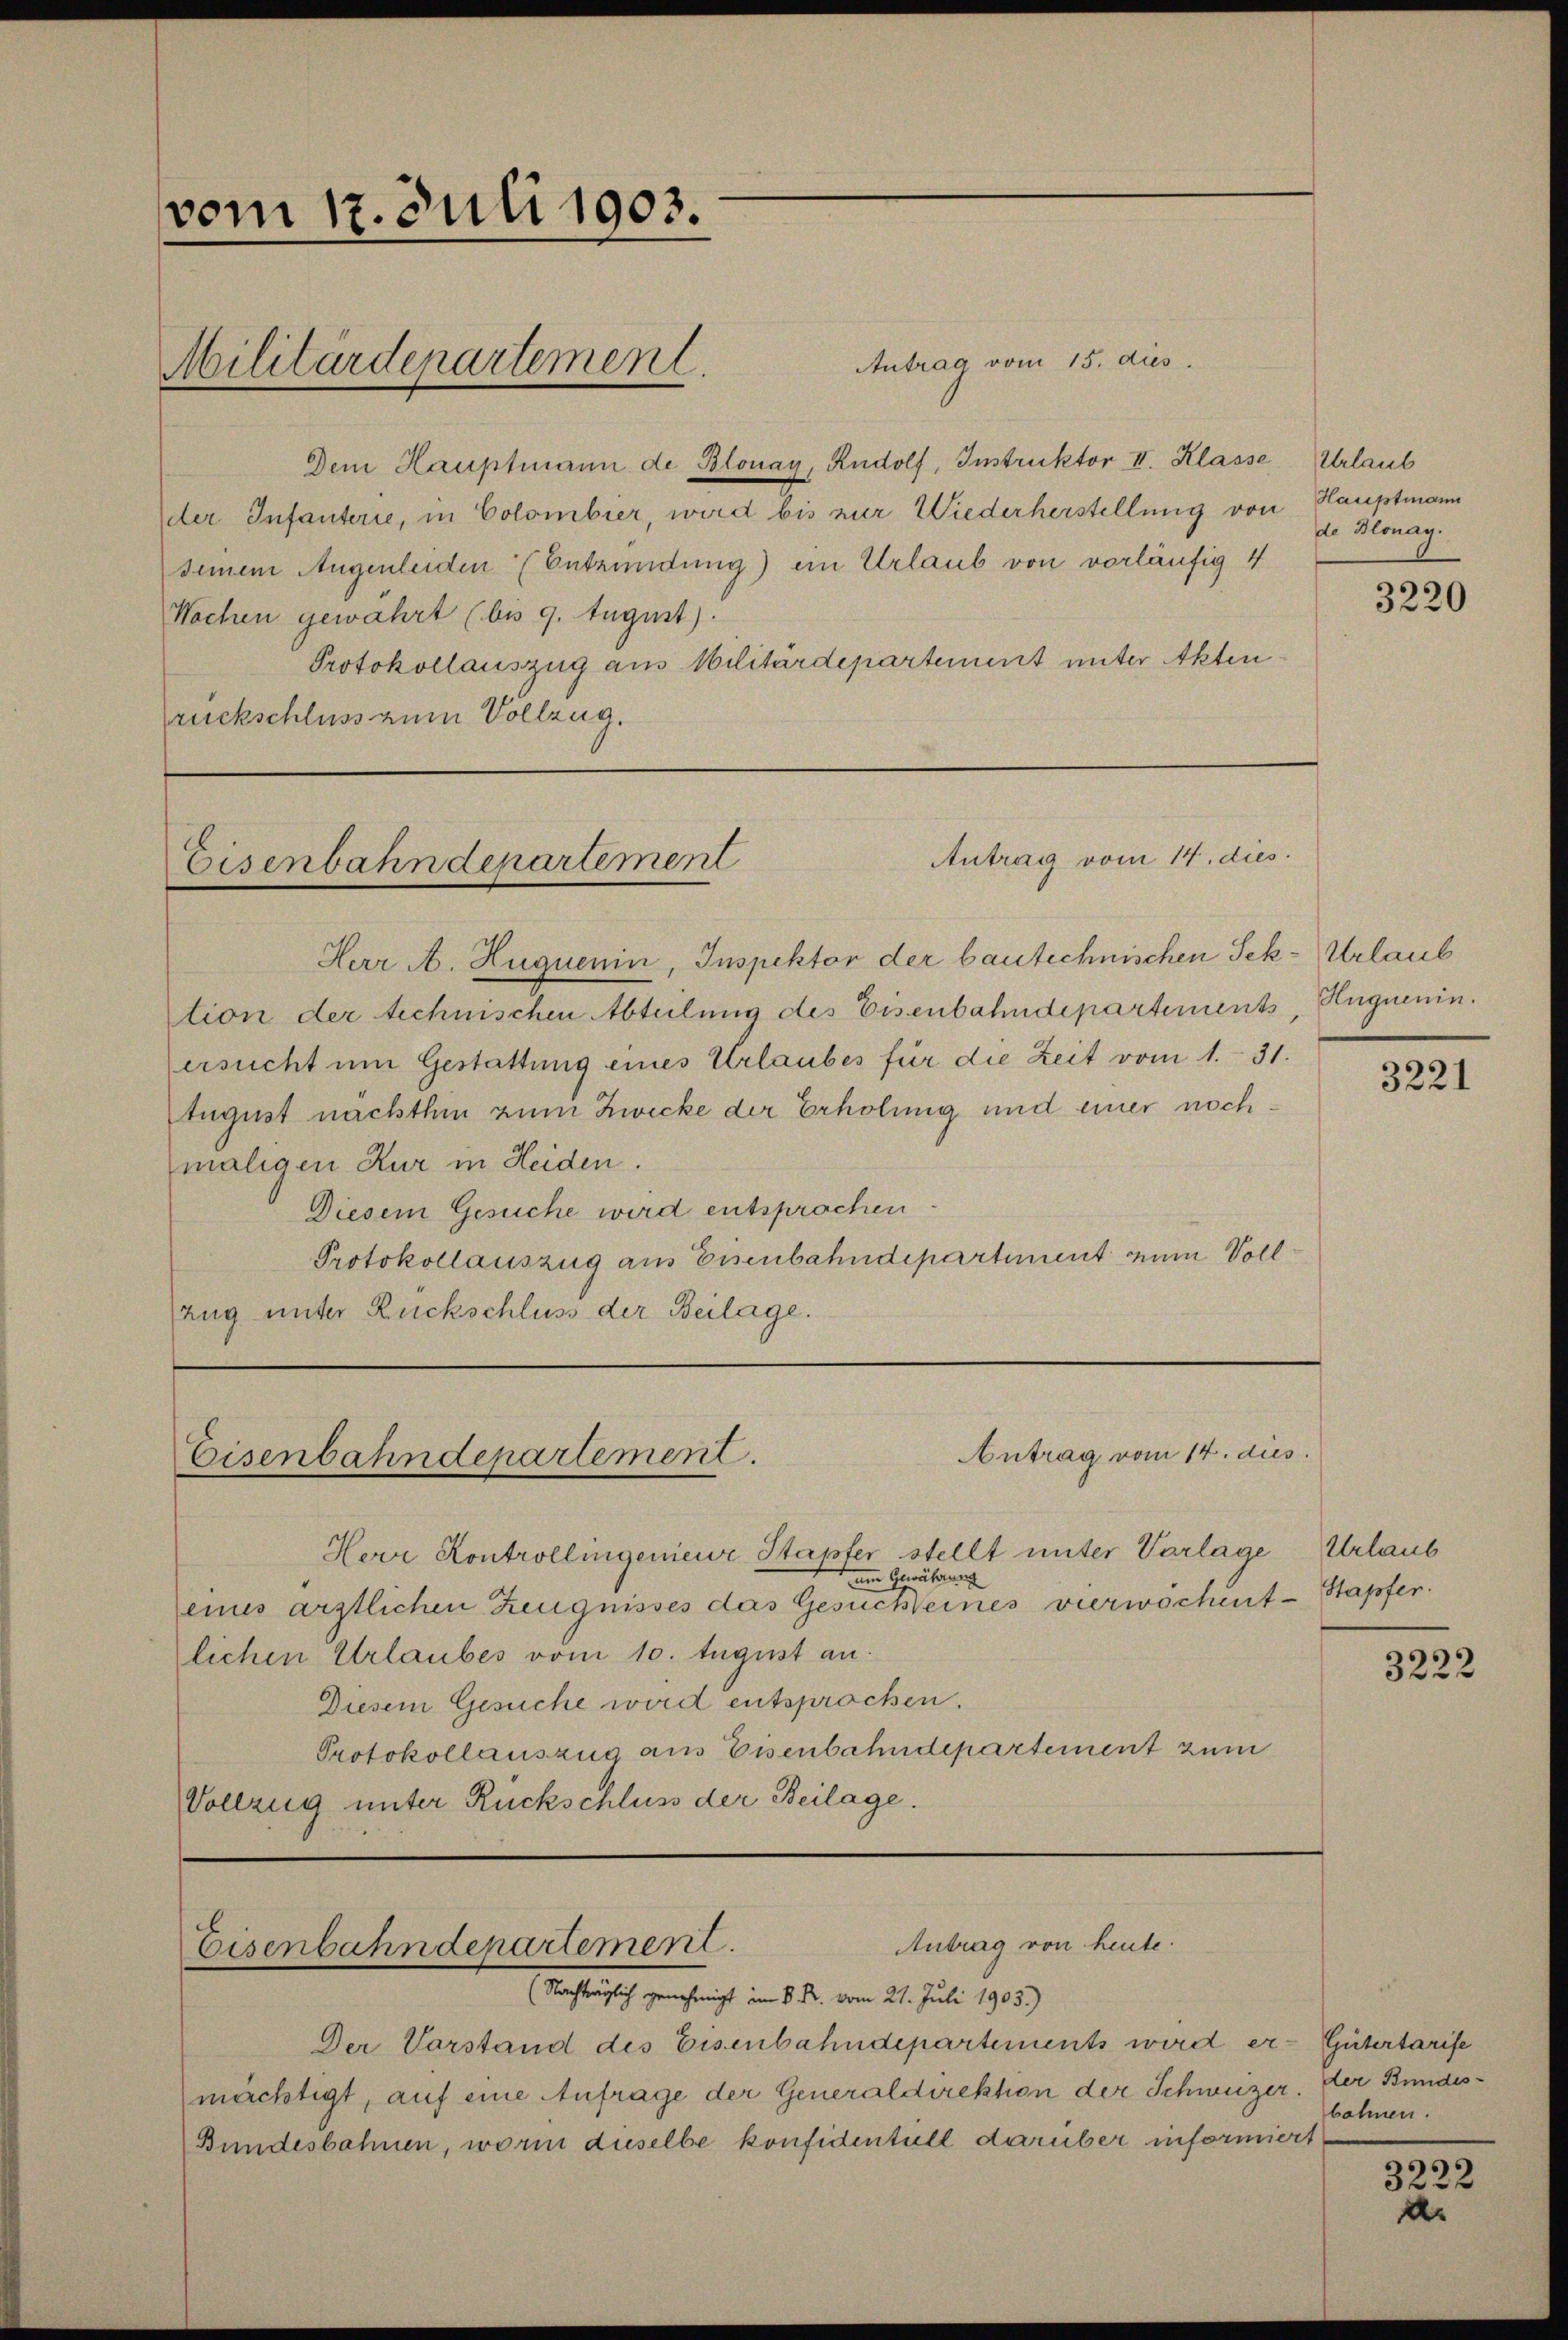
vom 17. Juli 1903.

Militärdepartement.

Antrag vom 15. dies
Dem Hauptmann de Blonay, Rudolf, Instruktor II. Klasse Urlaub
der Infanterie, in Colombier, wird bis zur Wiederherstellung von Hauptmann
seinem Augenleiden (Entzündung) ein Urlaub von vorläufig 4
Wochen gewahrt (bis 9. August).
Protokollauszug aus Militärdepartement unter Akten
rückschluss zum Vollzug.

Antrag vom 14. dies
Eisenbahndepartement

Eisenbahndepartement.

Eisenbahndepartement.

Herr A. Huquenin, Inspektor der bautechnischen Sek- Urlaub
tion der technischen Abteilung des Eisenbahndepartements, Hegnenin.
ersucht um Gestattung eines Urlaubes für die Zeit vom 1. 31.
Eugust nachthin zum Zwecke der Erholung und einer nochmaligen Kur in Heiden.
Diesem Gesuche wird entsprochen
Protokollauszug aus Eisenbahndepartement zum Voll
zug unter Rückschluss der Beilage.

Herr Kontrollingenieur-Stapfer stellt unter Vorlage
um Gewährung
eines ärztlichen Zeugnisses das Gesuchteines vierwöchent-
lichen Urlaubes vom 10. August an.
Diesem Gesuche wird entsprochen.
Protokollauszug aus Eisenbahndepartement zum
Vollzug unter Rückschluss der Beilage.

Der Vorstand des Eisenbahndepartements wird er- Gütertarife
mächtigt, auf eine Anfrage der Generaldirektion der Schweizer. Der Bundes¬
Bundesbahnen, worin dieselbe konfidentill darüber informiert

Antrag vom 14. dies

Antrag von heute.

Nachträglich genehmigt im K. R. vom 21. Juli 1905.)

de Honag.

3220

3221

Urlaub
Stapfer.

3222

bohnen.

3222
d.